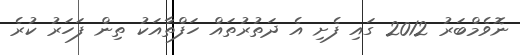
ނޮވެމްބަރު 2012 ގައި ފެށި އެ ދަތުރުތައް ހަފްތާއަކު ތިން ފަހަރު ކުރެ